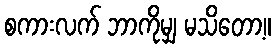
စကားလက် ဘာကိုမျှ မသိတော့။